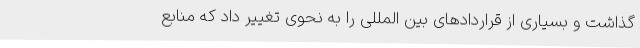
گذاشت و بسیاری از قراردادهای بین المللی را به نحوی تغییر داد که منابع